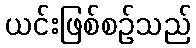
ယင်းဖြစ်စဉ်သည်